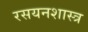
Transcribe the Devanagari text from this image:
रसयनशास्त्र